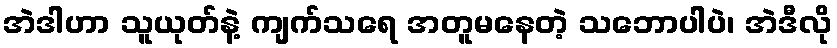
အဲဒါဟာ သူယုတ်နဲ့ ကျက်သရေ အတူမနေတဲ့ သဘောပါပဲ၊ အဲဒီလို